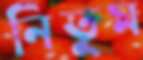
নিতুম